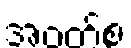
အဝတ်စ